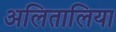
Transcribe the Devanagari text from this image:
अलितालिया